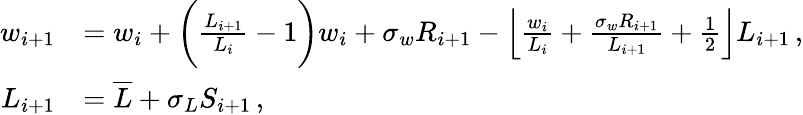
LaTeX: \begin{array}{rl}{w_{i+1}}&{=w_{i}+\bigg(\frac{L_{i+1}}{L_{i}}-1\bigg)w_{i}+\sigma_{w}R_{i+1}-\left\lfloor\frac{w_{i}}{L_{i}}+\frac{\sigma_{w}R_{i+1}}{L_{i+1}}+\frac{1}{2}\right\rfloor L_{i+1}\, ,}\\ {L_{i+1}}&{=\overline{{L}}+\sigma_{L}S_{i+1}\, ,}\end{array}